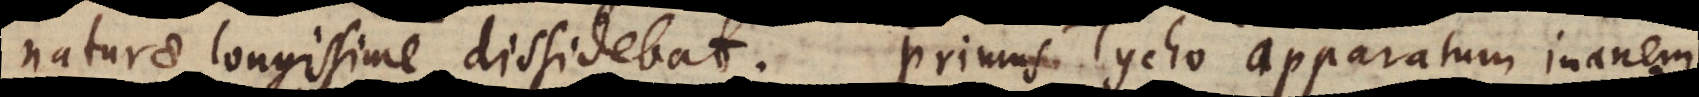
naturae longissime dissidebat. Primus Tycho apparatum ex